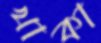
খাকা